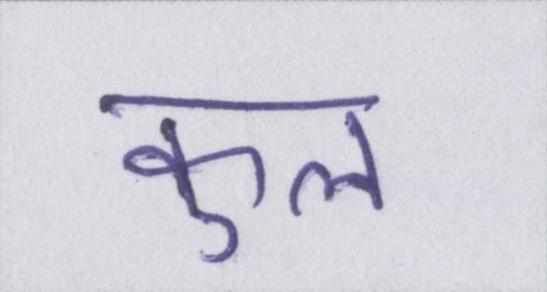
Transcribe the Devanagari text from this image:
कुल